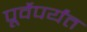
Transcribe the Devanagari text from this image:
पूर्वेपर्यंत